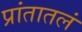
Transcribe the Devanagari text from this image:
प्रांतातलं